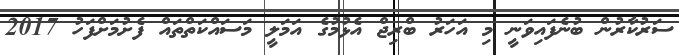
ސަރުކާރުން ބުނެފައިވަނީ މި އަހަރު ބްރިޖް އެޅުމުގެ އަމަލީ މަސައްކަތްތައް ފެށުމަށްފަހު 2017